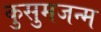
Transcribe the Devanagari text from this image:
कुसुमजन्म